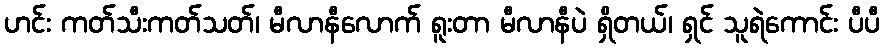
ဟင်း ကတ်သီးကတ်သတ်၊ မီလာနီလောက် ရူးတာ မီလာနီပဲ ရှိတယ်၊ ရှင် သူရဲကောင်း ပီပီ